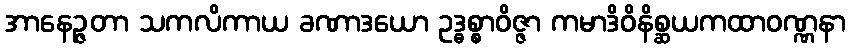
အာနေဉ္ဇတာ သကလိကာယ ခဏာဒယော ဥဒ္ဓစ္စာဝိဇ္ဇာ ကမာဒိဝိနိစ္ဆယကထာဝဏ္ဏနာ